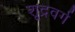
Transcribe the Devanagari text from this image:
शूद्रवर्ग